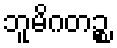
ဘူမိဂတဉ္စ